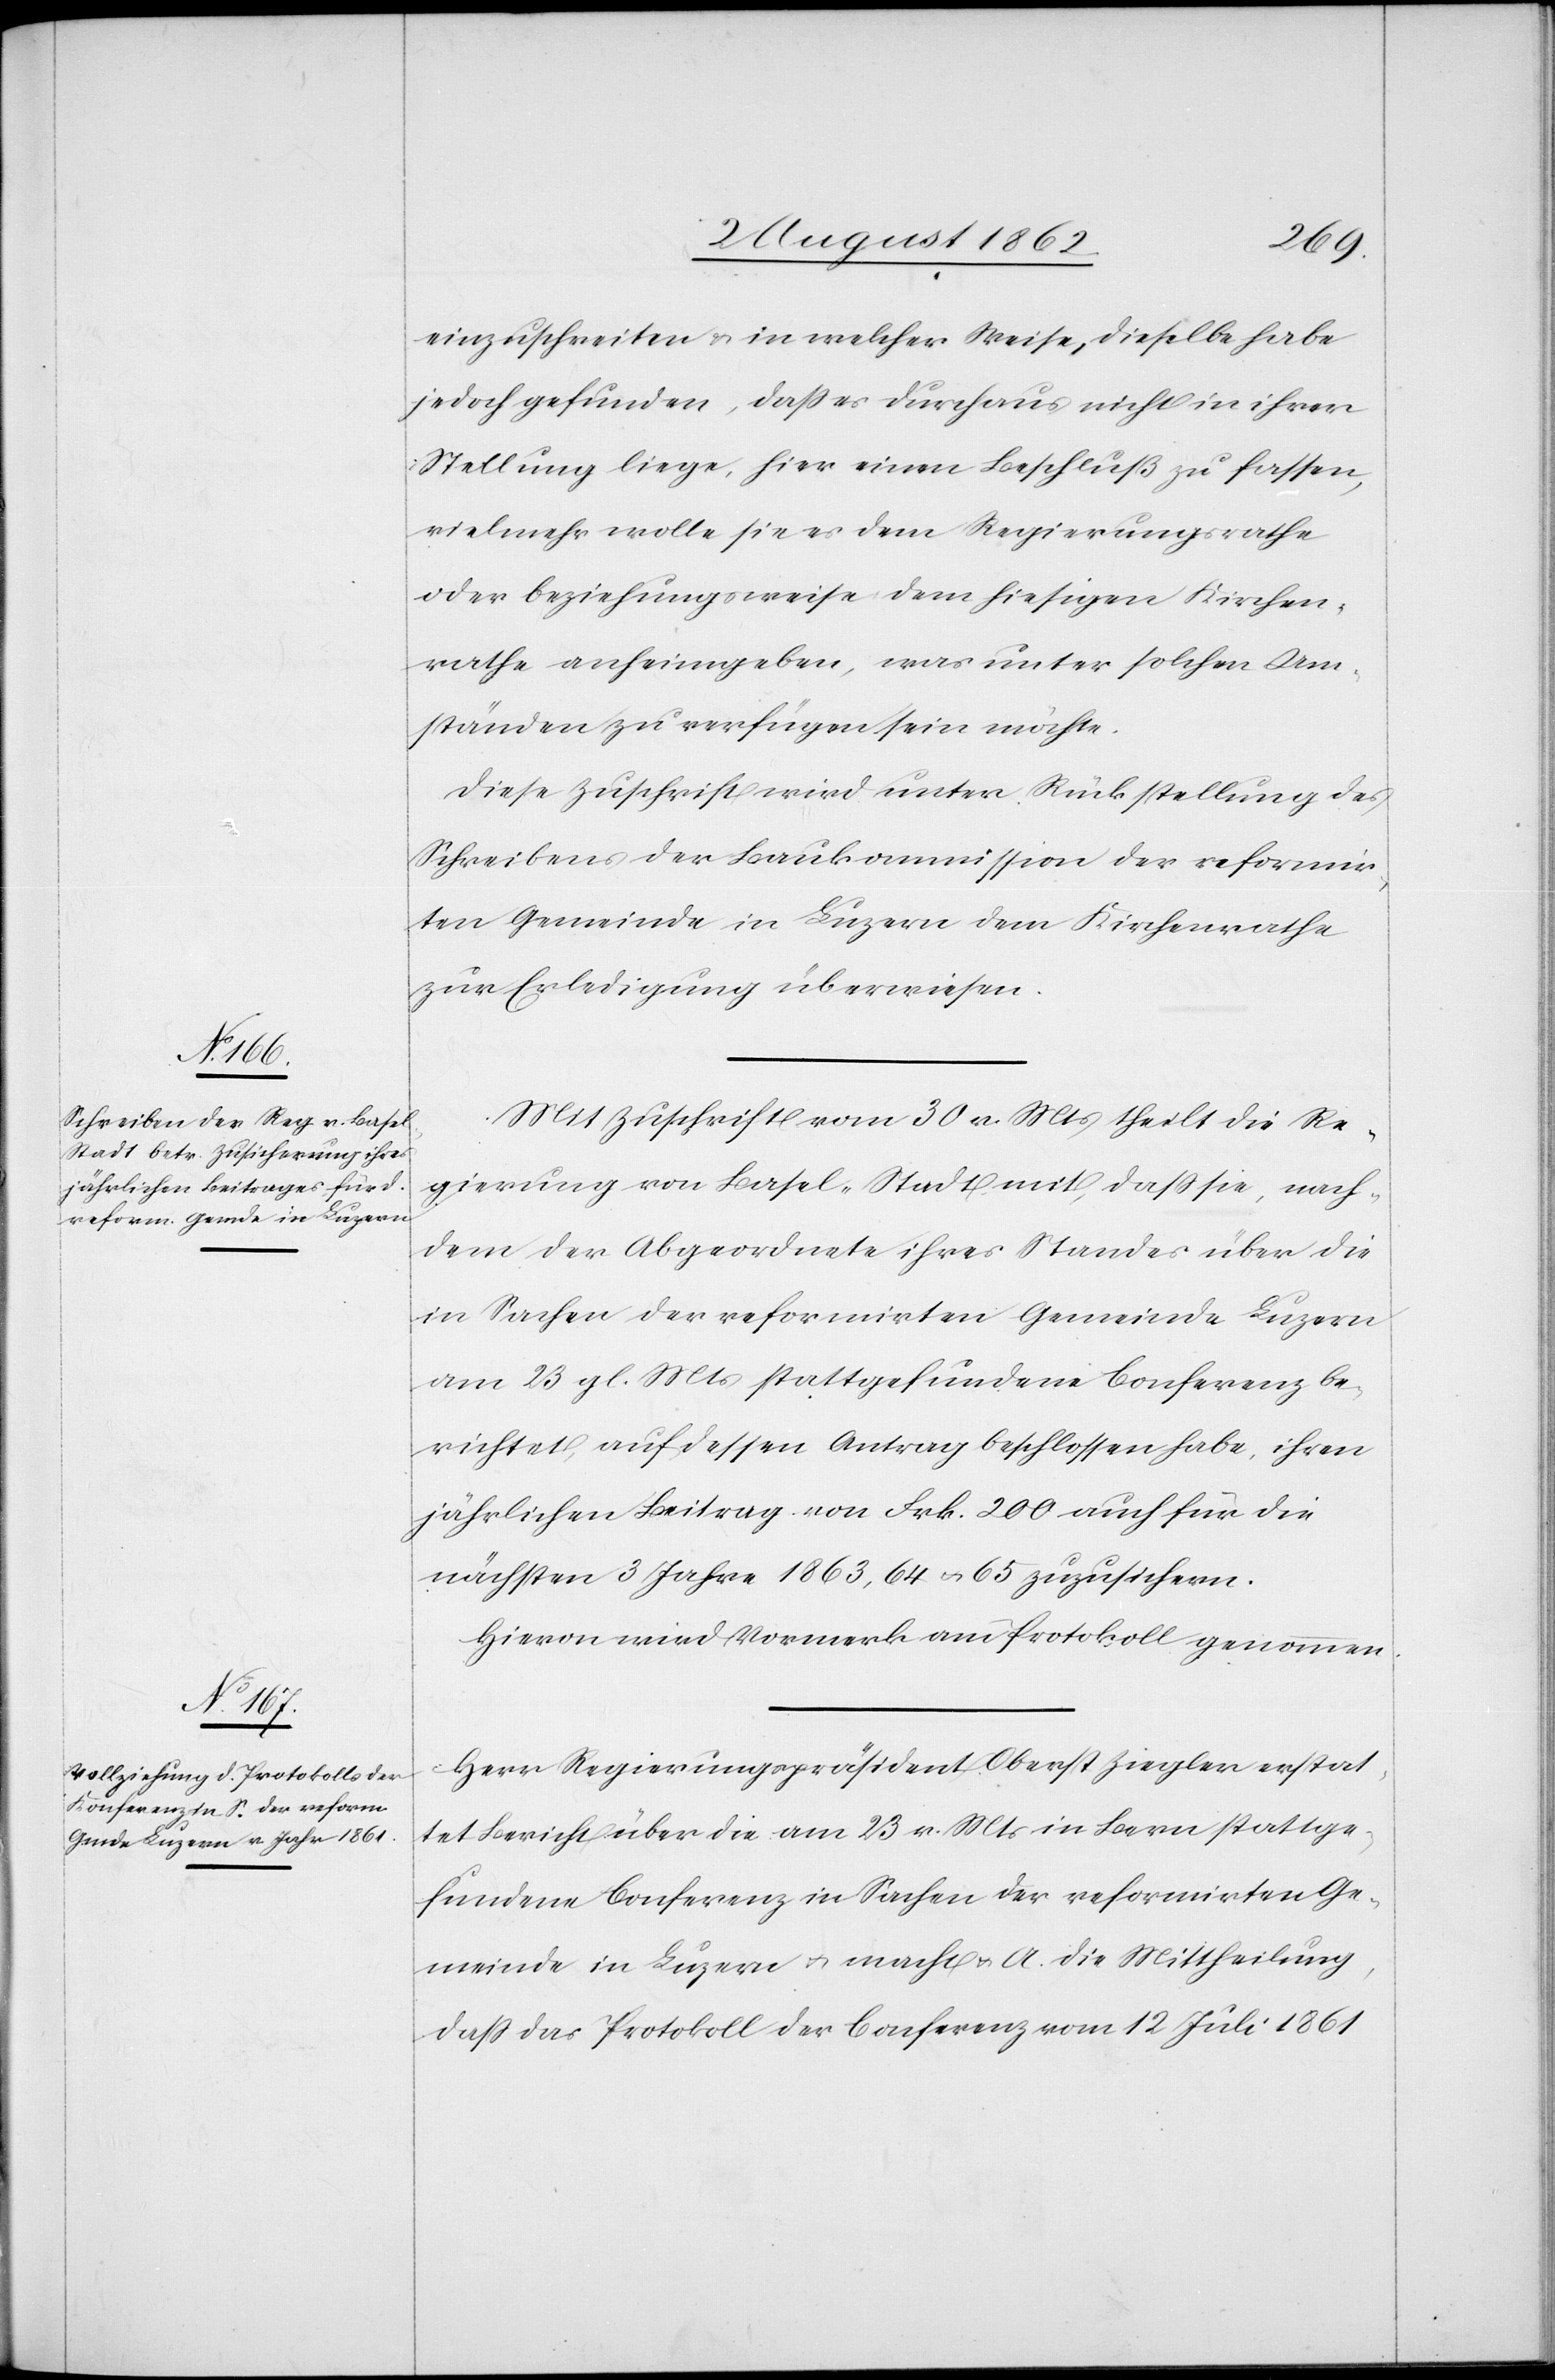
einzuschreiten u. in welcher Weise, dieselbe habe
jedoch gefunden, daß es durchaus nicht in ihrer
Stellung liege, hier einen Beschluß zu fassen,
vielmehr wolle sie es dem Regierungsrathe
oder beziehungsweise dem hiesigen Kirchen¬
rathe anheimgeben, was unter solchen Um¬
ständen zu verfügen sein möchte.
Diese Zuschrift wird unter Rückstellung des
Schreibens der Baukommission der reformir¬
ten Gemeinde in Luzern dem Kirchenrathe
zur Erledigung überwiesen.
Mit Zuschrift vom 30. v. Mts. theilt die Re¬
gierung von Basel-Stadt mit, daß sie, nach¬
dem der Abgeordnete ihres Standes über die
in Sachen der reformirten Gemeinde Luzern
am 23. gl. Mts. stattgefundene Conferenz be¬
richtet, auf dessen Antrag beschlossen habe, ihren
jährlichen Beitrag von Frk. 200 auch für die
nächsten 3 Jahre 1863, 64 u. 65 zuzusichern.
Hievon wird Vormerk am Protokoll genommen.
Herr Regierungspräsident Oberst Ziegler erstat¬
tet Bericht über die am 23. v. Mts. in Bern stattge¬
fundene Conferenz in Sachen der reformirten Ge¬
meinde in Luzern u. macht u. A. die Mittheilung,
daß das Protokoll der Conferenz vom 12. Juli 1861